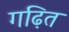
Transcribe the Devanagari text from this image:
गढ़ित